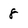
Character: 8